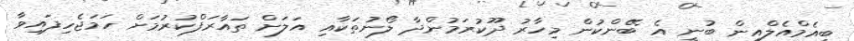
ބީއެމްއެލްއިން ބުނީ އެ ބޭންކުން މިހާރު ދޫކުރަމުންދާ ލޯނުތަކާއި އަލަށް ތައާރަފްކުރުމަށް ހަމަޖެހިފައިވާ